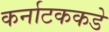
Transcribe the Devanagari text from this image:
कर्नाटककडे